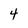
Character: 4